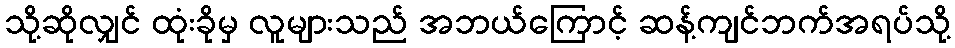
သို့ဆိုလျှင် ထုံးခိုမှ လူများသည် အဘယ်ကြောင့် ဆန့်ကျင်ဘက်အရပ်သို့